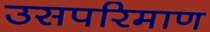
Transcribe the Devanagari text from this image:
उसपरिमाण